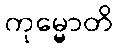
ကုမ္မောတိ